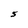
Character: S